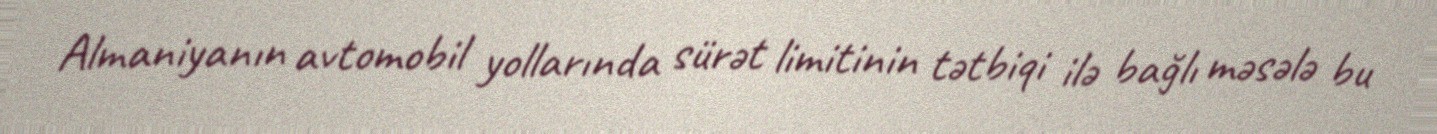
Almaniyanın avtomobil yollarında sürət limitinin tətbiqi ilə bağlı məsələ bu